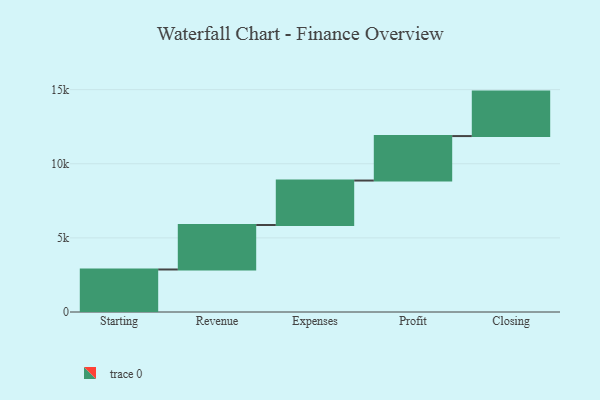
{"axis": {"x": "Step", "y": "Value"}, "legend": [""], "data": [{"x": "Starting", "y": 2868.0, "type": ""}, {"x": "Revenue", "y": 3000, "type": ""}, {"x": "Expenses", "y": 3000, "type": ""}, {"x": "Profit", "y": 3000, "type": ""}, {"x": "Closing", "y": 3000, "type": ""}]}